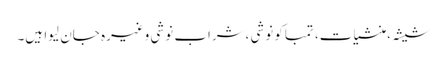
شیشہ ،منشیات، تمباکو نوشی ،شراب نوشی وغیرہ جان لیوا ہیں۔